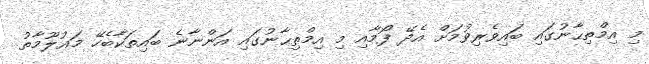
މި އިމްތިޙާނުގައި ބައިވެރިވުމަށް އެދޭ ފޯމާއި މި އިމްތިޙާނުގައި އަންނާނެ ބައިތަކާބެހޭ މަޢުލޫމާތު